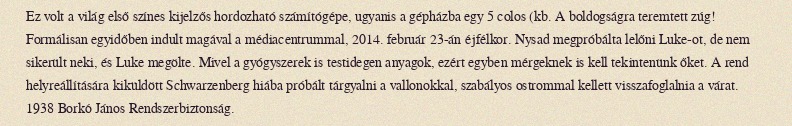
Ez volt a világ első színes kijelzős hordozható számítógépe, ugyanis a gépházba egy 5 colos (kb. A boldogságra teremtett zúg! Formálisan egyidőben indult magával a médiacentrummal, 2014. február 23-án éjfélkor. Nysad megpróbálta lelőni Luke-ot, de nem sikerült neki, és Luke megölte. Mivel a gyógyszerek is testidegen anyagok, ezért egyben mérgeknek is kell tekintenünk őket. A rend helyreállítására kiküldött Schwarzenberg hiába próbált tárgyalni a vallonokkal, szabályos ostrommal kellett visszafoglalnia a várat. 1938 Borkó János Rendszerbiztonság.